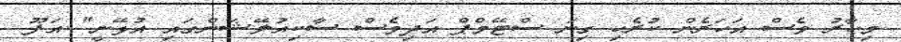
މިހާރު ވެސް އަހަރެން ކުރެހި ގިނަ ސްޓޭމްޕް އަދިވެސް ސާކިއުލޭޝަންގައި އުޅޭނީ" އަފޫ